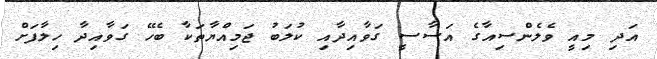
އަދި މިއީ ވެލެންސިއާގެ އަސާސީ ގަވާއިދާއި ކުލަބު ޖަމިއްޔާތަކާ ބެހޭ ގަވާއިދާ ހިލާފަށް